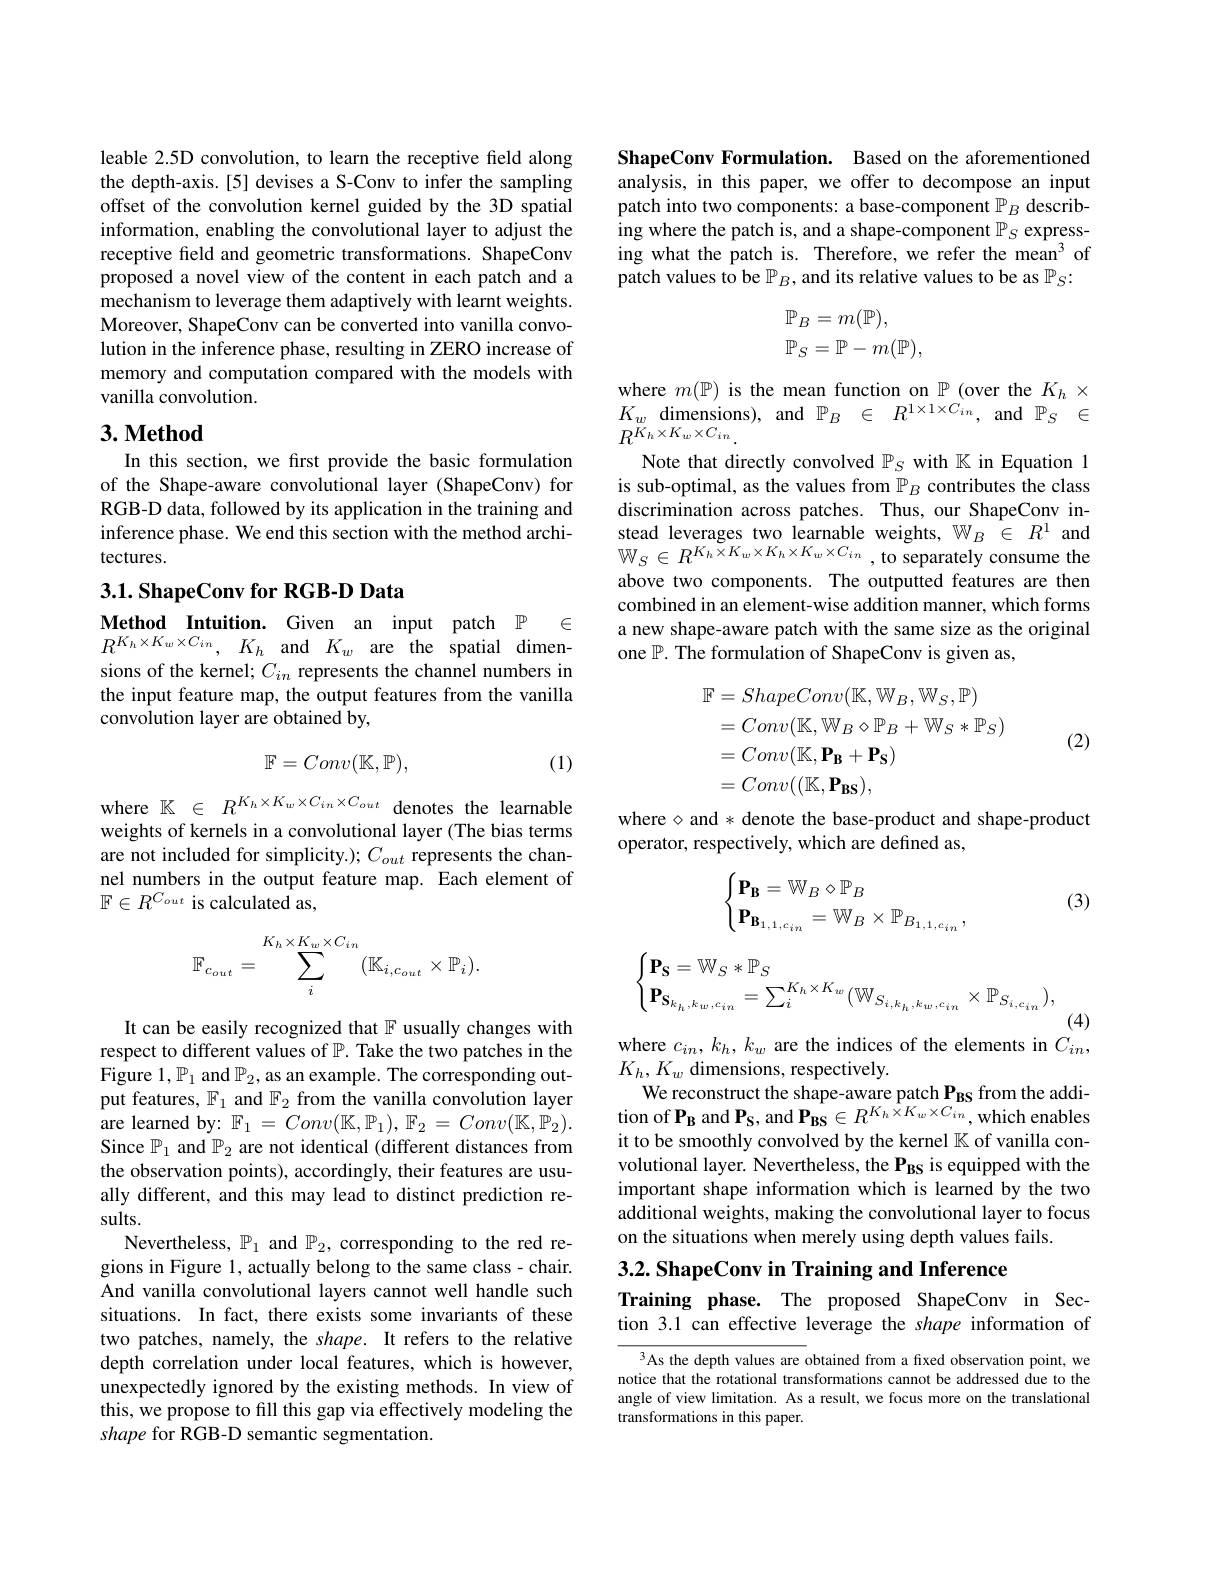
leable 2.5D convolution, to learn the receptive field along the depth-axis.[5] devises a S-Conv to infer the sampling offset of the convolution kernel guided by the 3D spatial information, enabling the convolutional layer to adjust the receptive field and geometric transformations. ShapeConv proposed a novel view of the content in each patch and a mechanism to leverage them adaptively with learnt weights. Moreover, ShapeConv can be converted into vanilla convolution in the inference phase, resulting in ZERO increase of memory and computation compared with the models with vanilla convolution.

## $3. \textbf{Method}$

In this section, we frst provide the basic formulation of the Shape-aware convolutional layer (ShapeConv) for RGB-D data, followed by its application in the training and inference phase. We end this section with the method architectures.

$3. 1. \textbf{ ShapeConv for RGB- D Data}$

Method Intuition. Given an input patch $\mathbb{P}$ $\in$ $R^{K_{h}\times K_{w}\times C_{in}}$, $K_{h}$ and $K_{w}$ are the spatial dimensions of the kernel; $C_in$ represents the channel numbers in the input feature map, the output features from the vanilla convolution layer are obtained by,
$$\mathbb{F}=Conv(\mathbb{K},\mathbb{P}),$$
(1)

where
$$\mathbb{K}\:\in\:R^{K_{h}\times K_{w}\times C_{in}\times C_{out}}$$
denotes the learnable
weights of kernels in a convolutional layer (The bias terms are not included for simplicity.); $C_{out}$ represents the channel numbers in the output feature map. Each element of $\mathbb{F}\in R^{C_{out}}$ is calculated as,
$$\mathbb{F}_{c_{out}}=\sum_{i}^{K_{h}\times K_{w}\times C_{in}}(\mathbb{K}_{i,c_{out}}\times\mathbb{P}_{i}).$$
It can be easily recognized that F usually changes with respect to different values of $\mathbb{P}.$ Take the two patches in the Figure 1, $\mathbb{P}_1$ and $\mathbb{P}_2$, as an example. The corresponding output features, $\mathbb{F}_1$ and $\mathbb{F}_2$ from the vanilla convolution layer are learned by: $\mathbb{F}_1=Conv(\mathbb{K},\mathbb{P}_1),\mathbb{F}_2=Conv(\mathbb{K},\mathbb{P}_2).$ Since $\mathbb{P}_1$ and $\mathbb{P}_2$ are not identical (different distances from the observation points), accordingly, their features are usually different, and this may lead to distinct prediction results.
Nevertheless, $\mathbb{P}_1$ and $\mathbb{P}_2$, corresponding to the red regions in Figure 1, actually belong to the same class- chair. And vanilla convolutional layers cannot well handle such situations. In fact, there exists some invariants of these two patches, namely, the shape. It refers to the relative depth correlation under local features, which is however, unexpectedly ignored by the existing methods. In view of this, we propose to fill this gap via effectively modeling the shape for RGB-D semantic segmentation.

ShapeConv Formulation. Based on the aforementioned analysis, in this paper, we offer to decompose an input patch into two components: a base-component $\mathbb{P}_B$ describing where the patch is, and a shape-component $\mathbb{P}_S$ expressing what the patch is. Therefore, we refer the mean$^3$ of patch values to be $\mathbb{P}_B$, and its relative values to be as $\mathbb{P}_S:$
$$\begin{aligned}\mathbb{P}_B&=m(\mathbb{P}),\\\mathbb{P}_S&=\mathbb{P}-m(\mathbb{P}),\end{aligned}$$
where $m(\mathbb{P})$ is the mean function on $\mathbb{P}$ (over the $K_h\times$ $\begin{array}{lcl}K_{w}&\text{dimensions),}&\text{and}&\mathbb{P}_{B}&\in&R^{1\times1\times C_{in}},&\text{and}&\mathbb{P}_{S}&\in\\R^{K_{h}\times K_{w}\times C_{in}}.\end{array}$
Note that directly convolved $\mathbb{P}_S$ with $\mathbb{K}$ in Equation 1 is sub-optimal, as the values from $\mathbb{P}_B$ contributes the class discrimination across patches. Thus, our ShapeConv in- $\begin{array}{l}\text{stead leverages two learnable weights, W}_{B}&\in\:R^{1}\mathrm{~and}\\{\mathbb{W}_{S}\in R^{K_{h}\times K_{w}\times K_{h}\times K_{w}\times C_{in}},\text{to separately consume the}}\end{array}$ above two components. The outputted features are then combined in an element-wise addition manner, which forms a new shape-aware patch with the same size as the original one $\mathbb{P}.$ The formulation of ShapeConv is given as,
$$\begin{aligned}\text{F}&=ShapeConv(\mathbb{K},\mathbb{W}_{B},\mathbb{W}_{S},\mathbb{P})\\&=Conv(\mathbb{K},\mathbb{W}_{B}\diamond\mathbb{P}_{B}+\mathbb{W}_{S}*\mathbb{P}_{S})\\&=Conv(\mathbb{K},\mathbf{P_{B}}+\mathbf{P_{S}})\\&=Conv((\mathbb{K},\mathbf{P_{BS}}),\end{aligned}$$
(2)

where $\diamond$ and * denote the base-product and shape-product
operator, respectively, which are defined as,

(3)
$$\begin{cases}\mathbf{P_B}=\mathbb W_B\diamond\mathbb P_B\\\mathbf{P_{B_{1,1,c_{in}}}}=\mathbb W_B\times\mathbb P_{B_{1,1,c_{in}}},\end{cases}$$
$$\begin{cases}\mathbf{P_S}=\mathbb W_S*\mathbb P_S\\\mathbf{P_{S_{k_h,k_w,c_{in}}}}=\sum_i^{K_h\times K_w}(\mathbb W_{S_{i,k_h,k_w,c_{in}}}\times\mathbb P_{S_{i,c_{in}}}),\end{cases}$$
(4)
where $c_in,k_h,k_w$ are the indices of the elements in $C_in$,

$K_h,K_w$ dimensions, respectively.
We reconstruct the shape-aware patch P BS from the addition of $\mathbf{P}_{\mathbf{B}}$ and $\mathbf{P}_{\mathbf{S}}$, and $\mathbf{P}_{\mathbf{BS}}\in R^{K_{h}\hat{\times}K_{w}\times C_{in}}$, which enables it to be smoothly convolved by the kernel $\mathbb{K}$ of vanilla convolutional layer. Nevertheless, the $\mathbf{P}_{BS}$ is equipped with the important shape information which is learned by the two additional weights, making the convolutional layer to focus on the situations when merely using depth values fails.

3.2. ShapeConv in Training and Inference

Training phase. The proposed ShapeConv in Section 3.1 can effective leverage the shape information of

3As the depth values are obtained from a fixed observation point, we notice that the rotational transformations cannot be addressed due to the angle of view limitation. As a result, we focus more on the translational transformations in this paper.